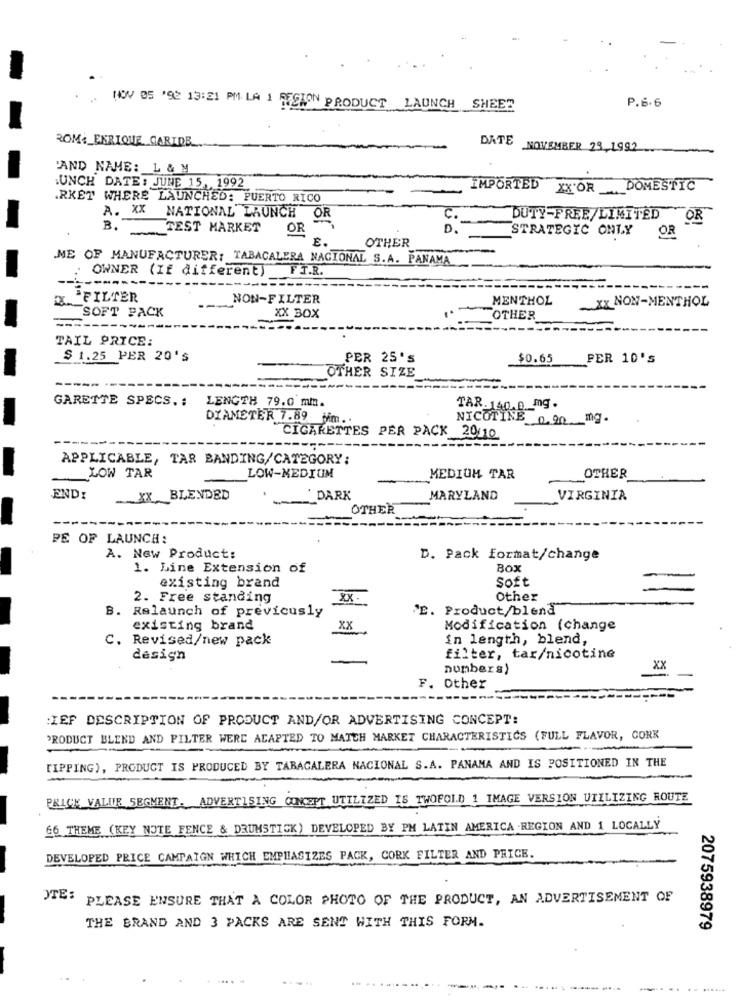
P.6. 6
NOV 05 '92 13:21 PM LA 1 REGION PRODUCT LAUNCH SHEET
ROM. ENRIQUE CARIDE
DATE NOVEMBER 23, 1992
PAND NAME: L & M
UNCH DATE: JUNE 15, 1992
IMPORTED XX'OR DOMESTIC
.RKET WHERE LAUNCHED: PUERTO RICO
A. XX NATIONAL LAUNCH OR
-
C.
DUTY-FREE/LIMITED
OR
B.
TEST MARKET
OR
D.
STRATEGIC ONLY
E .
OTHER
OR
ME OF MANUFACTURER: TABACALERA NACIONAL S.A. PANAMA
OWNER (If different) FT.R.
`FILTER
NON-FILTER
MENTHOL
SOFT PACK
XX NON-MENTHOL
XX BOX
OTHER
TAIL PRICE:
$ 1.25 PER 20'S
PER 25'S
$0.65
PER 10'S
OTHER SIZE
GARETTE SPECS .: LENGTH 79.0 mm.
TAR. 140.0 _mg .
DIAMETER 7.89 Nm ..
NICOTINE 0.20 mg.
CIGARETTES PER PACK 20/10
APPLICABLE, TAR BANDING/CATEGORY:
LOW TAR
LOW-MEDIUM
MEDIUM TAR
OTHER
END:
.XX BLENDED
DARK
MARYLAND
VIRGINIA
OTHER
PE OF LAUNCH:
A. New Product:
D. Pack format/change
1. Line Extension of
Box
Soft
existing brand
2. Free standing
XX
Other
B. Relaunch of previously
"E. Product/blend
XX
existing brand
Modification (change
C. Revised/new pack
in length, blend,
design
filter, tar/nicotine
numbers)
XX
F. Other
:IEF DESCRIPTION OF PRODUCT AND/OR ADVERTISING CONCEPT:
PRODUCT BLEND AND FILTER WERE ADAPTED TO MATCH MARKET CHARACTERISTICS (FULL FLAVOR, CORK
TIPPING), PRODUCT IS PRODUCED BY TABACALERA NACIONAL S.A. PANAMA AND IS POSITIONED IN THE
PRICE VALUE SEGMENT. ADVERTISING CONCEPT UTILIZED IS TWOFOLD 1 IMAGE VERSION UTILIZING ROUTE
66 THEME (KEY NOTE FENCE & DRUMSTICK) DEVELOPED BY PM LATIN AMERICA . REGION AND 1 LOCALLY
DEVELOPED PRICE CAMPAIGN WHICH EMPHASIZES PACK, CORK FILTER AND PRICE.
OTE:
PLEASE ENSURE THAT A COLOR PHOTO OF THE PRODUCT, AN ADVERTISEMENT OF
THE BRAND AND 3 PACKS ARE SENT WITH THIS FORM.
2075938979